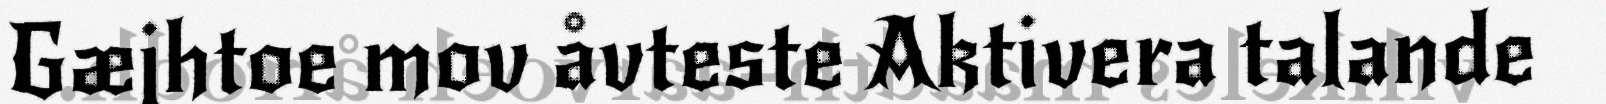
Gæjhtoe mov åvteste Aktivera talande